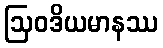
ဩဝဒိယမာနဿ